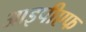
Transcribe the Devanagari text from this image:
आइपीएफ